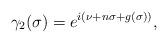
LaTeX: \begin{align*}\gamma_2 ( \sigma ) = e^{ i ( \nu + n \sigma + g(\sigma) ) },\end{align*}